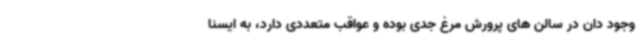
وجود دان در سالن های پرورش مرغ جدی بوده و عواقب متعددی دارد، به ایسنا